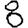
Digit: 8